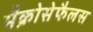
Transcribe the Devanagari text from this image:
मैक्रोसेफैलस